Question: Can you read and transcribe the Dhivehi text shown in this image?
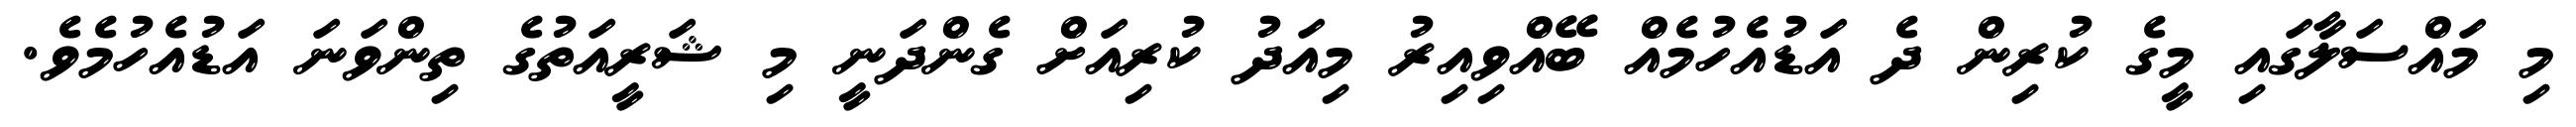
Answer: މި މައްސަލާގައި މީގެ ކުރިން ދެ އަޑުއެހުމެއް ބޭއްވިއިރު މިއަދު ކުރިއަށް ގެންދަނީ މި ޝަރީއަތުގެ ތިންވަނަ އަޑުއެހުމެވެ.